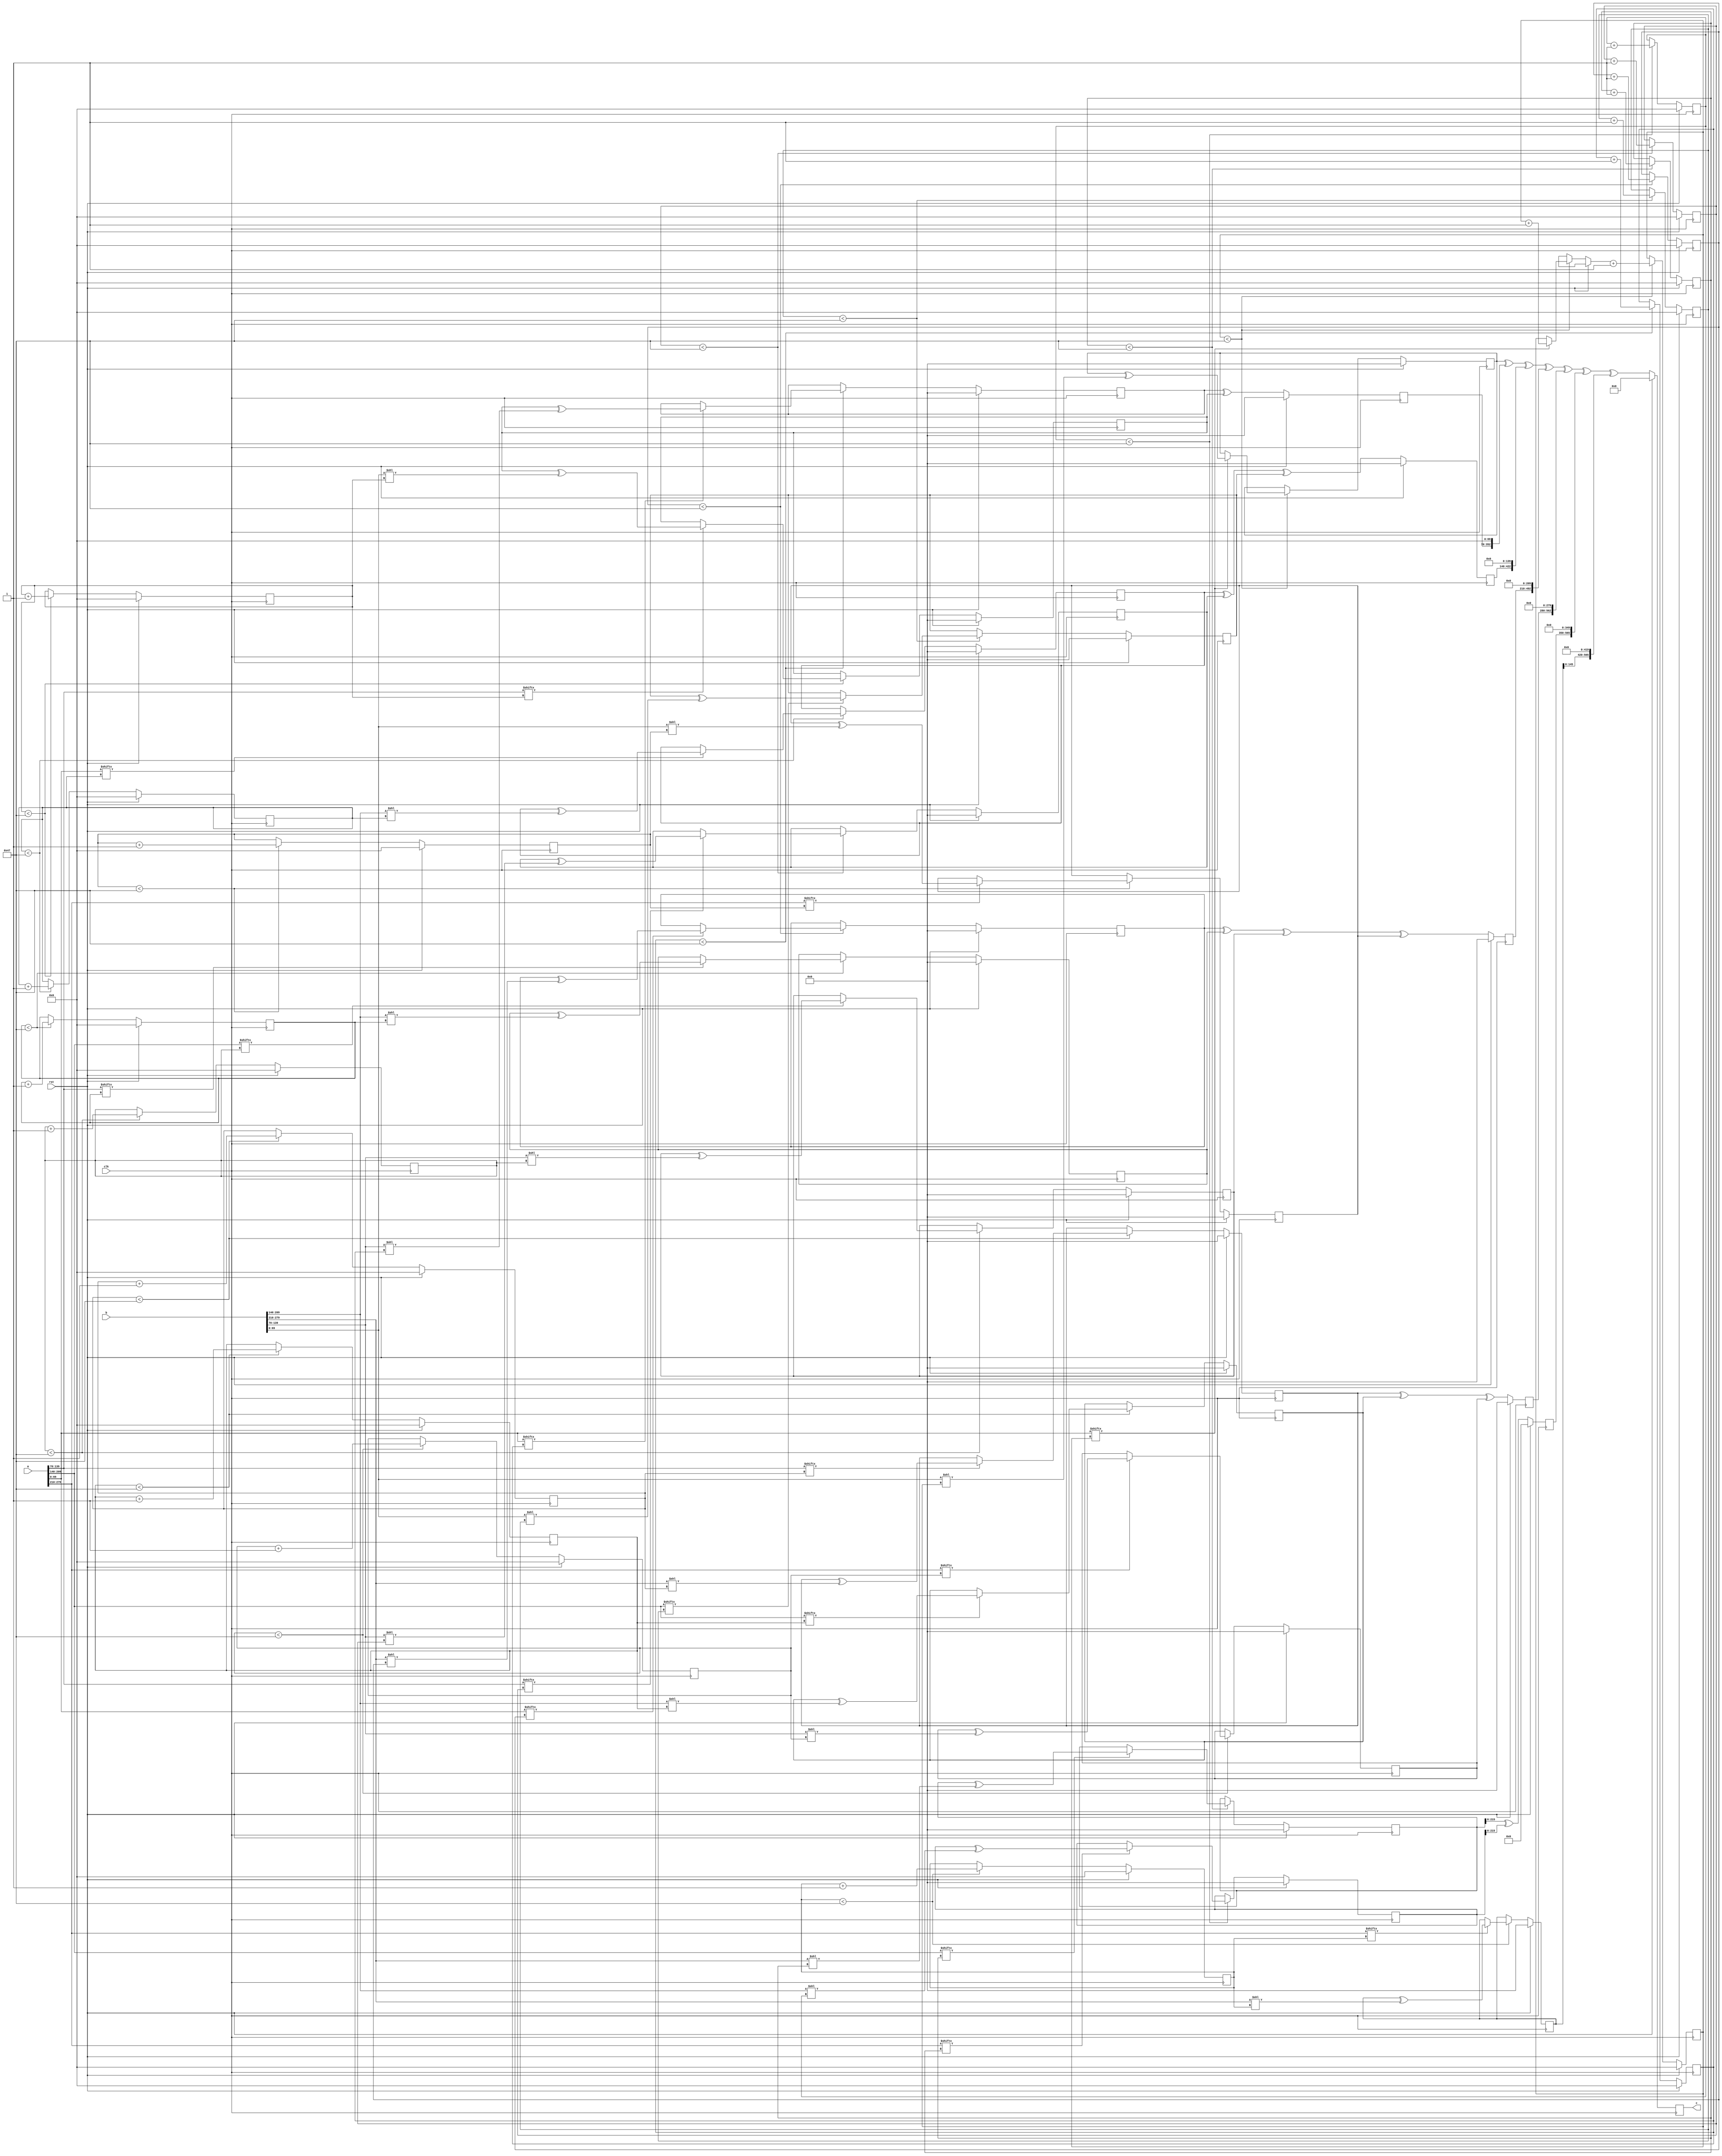
// TalTech large multiplier library
// Multiplier type: four_way_toom_cook
// Parameters: 283 283 1
// Target tool: genus
module four_way_toom_cook(clk, rst, a, b, c);
input clk;
input rst;
input [282:0] a;
input [282:0] b;
output reg [565:0] c;

// Wires declaration 
wire  [69:0] a0;
wire  [69:0] a1;
wire  [69:0] a2;
wire  [69:0] a3;
wire  [69:0] b0;
wire  [69:0] b1;
wire  [69:0] b2;
wire  [69:0] b3;

// Registers declaration 
reg  [69:0] counter_d;
reg  [69:0] counter_e1;
reg  [69:0] counter_e2;
reg  [69:0] counter_f1;
reg  [69:0] counter_f2;
reg  [69:0] counter_f3;
reg  [69:0] counter_g1;
reg  [69:0] counter_g2;
reg  [69:0] counter_g3;
reg  [69:0] counter_g4;
reg  [69:0] counter_h1;
reg  [69:0] counter_h2;
reg  [69:0] counter_h3;
reg  [69:0] counter_i1;
reg  [69:0] counter_i2;
reg  [69:0] counter_j;
reg  [282:0] d;
reg  [282:0] e1_mul;
reg  [282:0] e2_mul;
reg  [282:0] e;
reg  [282:0] f1_mul;
reg  [282:0] f2_mul;
reg  [282:0] f3_mul;
reg  [282:0] f;
reg  [282:0] g1_mul;
reg  [282:0] g2_mul;
reg  [282:0] g3_mul;
reg  [282:0] g4_mul;
reg  [282:0] g;
reg  [282:0] h1_mul;
reg  [282:0] h2_mul;
reg  [282:0] h3_mul;
reg  [282:0] h;
reg  [282:0] i1_mul;
reg  [282:0] i2_mul;
reg  [282:0] i;
reg  [282:0] j;
reg  [565:0] temp;

// Initial assignments to wires
assign a0 = a[69:0];
assign a1 = a[139:70];
assign a2 = a[209:140];
assign a3 = a[279:210];
assign b0 = b[69:0];
assign b1 = b[139:70];
assign b2 = b[209:140];
assign b3 = b[279:210];

// Step-1 of 4-Way TCM Multiplier
always @(posedge clk) begin
		if (rst) begin
			counter_d <= 70'd0;
			d <= 283'd0;
		end
		else if (counter_d < 71) begin
			if (a3[counter_d] == 1'b1) begin
				d <= d ^ (b3 << counter_d);
				counter_d <= counter_d + 1;
			end
				counter_d <= counter_d + 1;
		end
end

// Step-2 (Part-1) of 4-Way TCM Multiplier
always @(posedge clk) begin
		if (rst) begin
			counter_e1 <= 70'd0;
			e1_mul <= 283'd0;
		end
		else if (counter_e1 < 71) begin
			if (a2[counter_e1] == 1'b1) begin
				e1_mul <= e1_mul ^ (b3 << counter_e1);
				counter_e1 <= counter_e1 + 1;
			end
				counter_e1 <= counter_e1 + 1;
		end
end

// Step-2 (Part-2) of 4-Way TCM Multiplier
always @(posedge clk) begin
		if (rst) begin
			counter_e2 <= 70'd0;
			e2_mul <= 283'd0;
		end
		else if (counter_e2 < 71) begin
			if (a3[counter_e1] == 1'b1) begin
				e2_mul <= e2_mul ^ (b2 << counter_e2);
				counter_e2 <= counter_e2 + 1;
			end
				counter_e2 <= counter_e2 + 1;
		end
end

// Step-2 (Part-3) of 4-Way TCM Multiplier
always @(posedge clk) begin
		if (rst) begin
			e <= 283'd0;
		end
		else begin
			e <= e1_mul ^ e2_mul; 
		end
end

// Step-3 (Part-1) of 4-Way TCM Multiplier
always @(posedge clk) begin
		if (rst) begin
			counter_f1 <= 70'd0;
			f1_mul <= 283'd0;
		end
		else if (counter_f1 < 71) begin
			if (a1[counter_f1] == 1'b1) begin
				f1_mul <= f1_mul ^ (b3 << counter_f1);
				counter_f1 <= counter_f1 + 1;
			end
				counter_f1 <= counter_f1 + 1;
		end
end

// Step-3 (Part-2) of 4-Way TCM Multiplier
always @(posedge clk) begin
		if (rst) begin
			counter_f2 <= 70'd0;
			f2_mul <= 283'd0;
		end
		else if (counter_f2 < 71) begin
			if (a2[counter_f2] == 1'b1) begin
				f2_mul <= f2_mul ^ (b2 << counter_f2);
				counter_f2 <= counter_f2 + 1;
			end
				counter_f2 <= counter_f2 + 1;
		end
end

// Step-3 (Part-3) of 4-Way TCM Multiplier
always @(posedge clk) begin
		if (rst) begin
			counter_f3 <= 70'd0;
			f3_mul <= 283'd0;
		end
		else if (counter_f3 < 71) begin
			if (a3[counter_f3] == 1'b1) begin
				f3_mul <= f3_mul ^ (b1 << counter_f3);
				counter_f3 <= counter_f3 + 1;
			end
				counter_f3 <= counter_f3 + 1;
		end
end

// Step-3 (Part-4) of 4-Way TCM Multiplier
always @(posedge clk) begin
		if (rst) begin
			f <= 283'd0;
		end
		else begin
			f <= f1_mul ^ f2_mul ^ f3_mul; 
		end
end

// Step-4 (Part-1) of 4-Way TCM Multiplier
always @(posedge clk) begin
		if (rst) begin
			counter_g1 <= 70'd0;
			g1_mul <= 283'd0;
		end
		else if (counter_g1 < 71) begin
			if (a0[counter_g1] == 1'b1) begin
				g1_mul <= g1_mul ^ (b3 << counter_g1);
				counter_g1 <= counter_g1 + 1;
			end
				counter_g1 <= counter_g1 + 1;
		end
end

// Step-4 (Part-2) of 4-Way TCM Multiplier
always @(posedge clk) begin
		if (rst) begin
			counter_g2 <= 70'd0;
			g2_mul <= 283'd0;
		end
		else if (counter_g2 < 71) begin
			if (a1[counter_g2] == 1'b1) begin
				g2_mul <= g2_mul ^ (b2 << counter_g2);
				counter_g2 <= counter_g2 + 1;
			end
				counter_g2 <= counter_g2 + 1;
		end
end

// Step-4 (Part-3) of 4-Way TCM Multiplier
always @(posedge clk) begin
		if (rst) begin
			counter_g3 <= 70'd0;
			g3_mul <= 283'd0;
		end
		else if (counter_g3 < 71) begin
			if (a2[counter_g3] == 1'b1) begin
				g3_mul <= g3_mul ^ (b1 << counter_g3);
				counter_g3 <= counter_g3 + 1;
			end
				counter_g3 <= counter_g3 + 1;
		end
end

// Step-4 (Part-4) of 4-Way TCM Multiplier
always @(posedge clk) begin
		if (rst) begin
			counter_g4 <= 70'd0;
			g4_mul <= 283'd0;
		end
		else if (counter_g4 < 71) begin
			if (a3[counter_g4] == 1'b1) begin
				g4_mul <= g4_mul ^ (b0 << counter_g4);
				counter_g4 <= counter_g4 + 1;
			end
				counter_g4 <= counter_g4 + 1;
		end
end

// Step-4 (Part-5) of 4-Way TCM Multiplier
always @(posedge clk) begin
		if (rst) begin
			g <= 283'd0;
		end
		else begin
			g <= g1_mul ^ g2_mul ^ g3_mul ^ g4_mul; 
		end
end

// Step-5 (Part-1) of 4-Way TCM Multiplier
always @(posedge clk) begin
		if (rst) begin
			counter_h1 <= 70'd0;
			h1_mul <= 283'd0;
		end
		else if (counter_h1 < 71) begin
			if (a0[counter_h1] == 1'b1) begin
				h1_mul <= h1_mul ^ (b2 << counter_h1);
				counter_h1 <= counter_h1 + 1;
			end
				counter_h1 <= counter_h1 + 1;
		end
end

// Step-5 (Part-2) of 4-Way TCM Multiplier
always @(posedge clk) begin
		if (rst) begin
			counter_h2 <= 70'd0;
			h2_mul <= 283'd0;
		end
		else if (counter_h2 < 71) begin
		if (a1[counter_h2] == 1'b1) begin
			h2_mul <= h2_mul ^ (b1 << counter_h2);
			counter_h2 <= counter_h2 + 1;
		end
			counter_h2 <= counter_h2 + 1;
		end
end

// Step-5 (Part-3) of 4-Way TCM Multiplier
always @(posedge clk) begin
		if (rst) begin
			counter_h3 <= 70'd0;
			h3_mul <= 283'd0;
		end
		else if (counter_h3 < 71) begin
			if (a2[counter_h3] == 1'b1) begin
				h3_mul <= h3_mul ^ (b0 << counter_h3);
				counter_h3 <= counter_h3 + 1;
			end
				counter_h3 <= counter_h3 + 1;
		end
end

// Step-5 (Part-4) of 4-Way TCM Multiplier
always @(posedge clk) begin
		if (rst) begin
			h <= 283'd0;
		end
		else begin
			h <= h1_mul ^ h2_mul ^ h3_mul; 
		end
end

// Step-6 (Part-1) of 4-Way TCM Multiplier
always @(posedge clk) begin
		if (rst) begin
			counter_i1 <= 70'd0;
			i1_mul <= 283'd0;
		end
		else if (counter_i1 < 71) begin
			if (a0[counter_i1] == 1'b1) begin
				i1_mul <= i2_mul ^ (b1 << counter_i1);
				counter_i1 <= counter_i1 + 1;
			end
				counter_i1 <= counter_i1 + 1;
		end
end

// Step-6 (Part-2) of 4-Way TCM Multiplier
always @(posedge clk) begin
		if (rst) begin
			counter_i2 <= 70'd0;
			i2_mul <= 283'd0;
		end
		else if (counter_i2 < 71) begin
			if (a1[counter_i2] == 1'b1) begin
				i2_mul <= i2_mul ^ (b0 << counter_i2);
				counter_i2 <= counter_i2 + 1;
			end
				counter_i2 <= counter_i2 + 1;
		end
end

// Step-6 (Part-3) of 4-Way TCM Multiplier
always @(posedge clk) begin
		if (rst) begin
			i <= 283'd0;
		end
		else begin
			i <= i1_mul ^ i2_mul; 
		end
end

// Step-7 of 4-Way TCM Multiplier
always @(posedge clk) begin
		if (rst) begin
			counter_j = 70'd0;
			j = 283'd0;
		end
		else if (counter_j < 71) begin
			if (a0[counter_j] == 1'b1) begin
				j = j ^ (b0 << counter_j);
				counter_j = counter_j + 1;
			end
				counter_j = counter_j + 1;
		end
end

// Step-8 of 4-Way TCM Multiplier
always @(posedge clk) begin
		if (rst) begin
			temp = 566'd0;
			c = 566'd0;
		end
		else begin
			temp = j;
			temp = temp ^ (i << 70);
			temp = temp ^ (h << 140);
			temp = temp ^ (g << 210);
			temp = temp ^ (f << 280);
			temp = temp ^ (e << 350);
			temp = temp ^ (d << 420);
			c = temp;
		end
end
endmodule